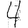
Digit: 4